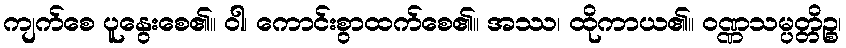
ကျက်စေ ပူနွေးစေ၏။ ဝါ၊ ကောင်းစွာထက်စေ၏။ အဿ၊ ထိုကာယ၏။ ဝဏ္ဏသမ္ပတ္တိဉ္စ၊